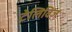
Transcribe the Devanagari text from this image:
टेलिविज़